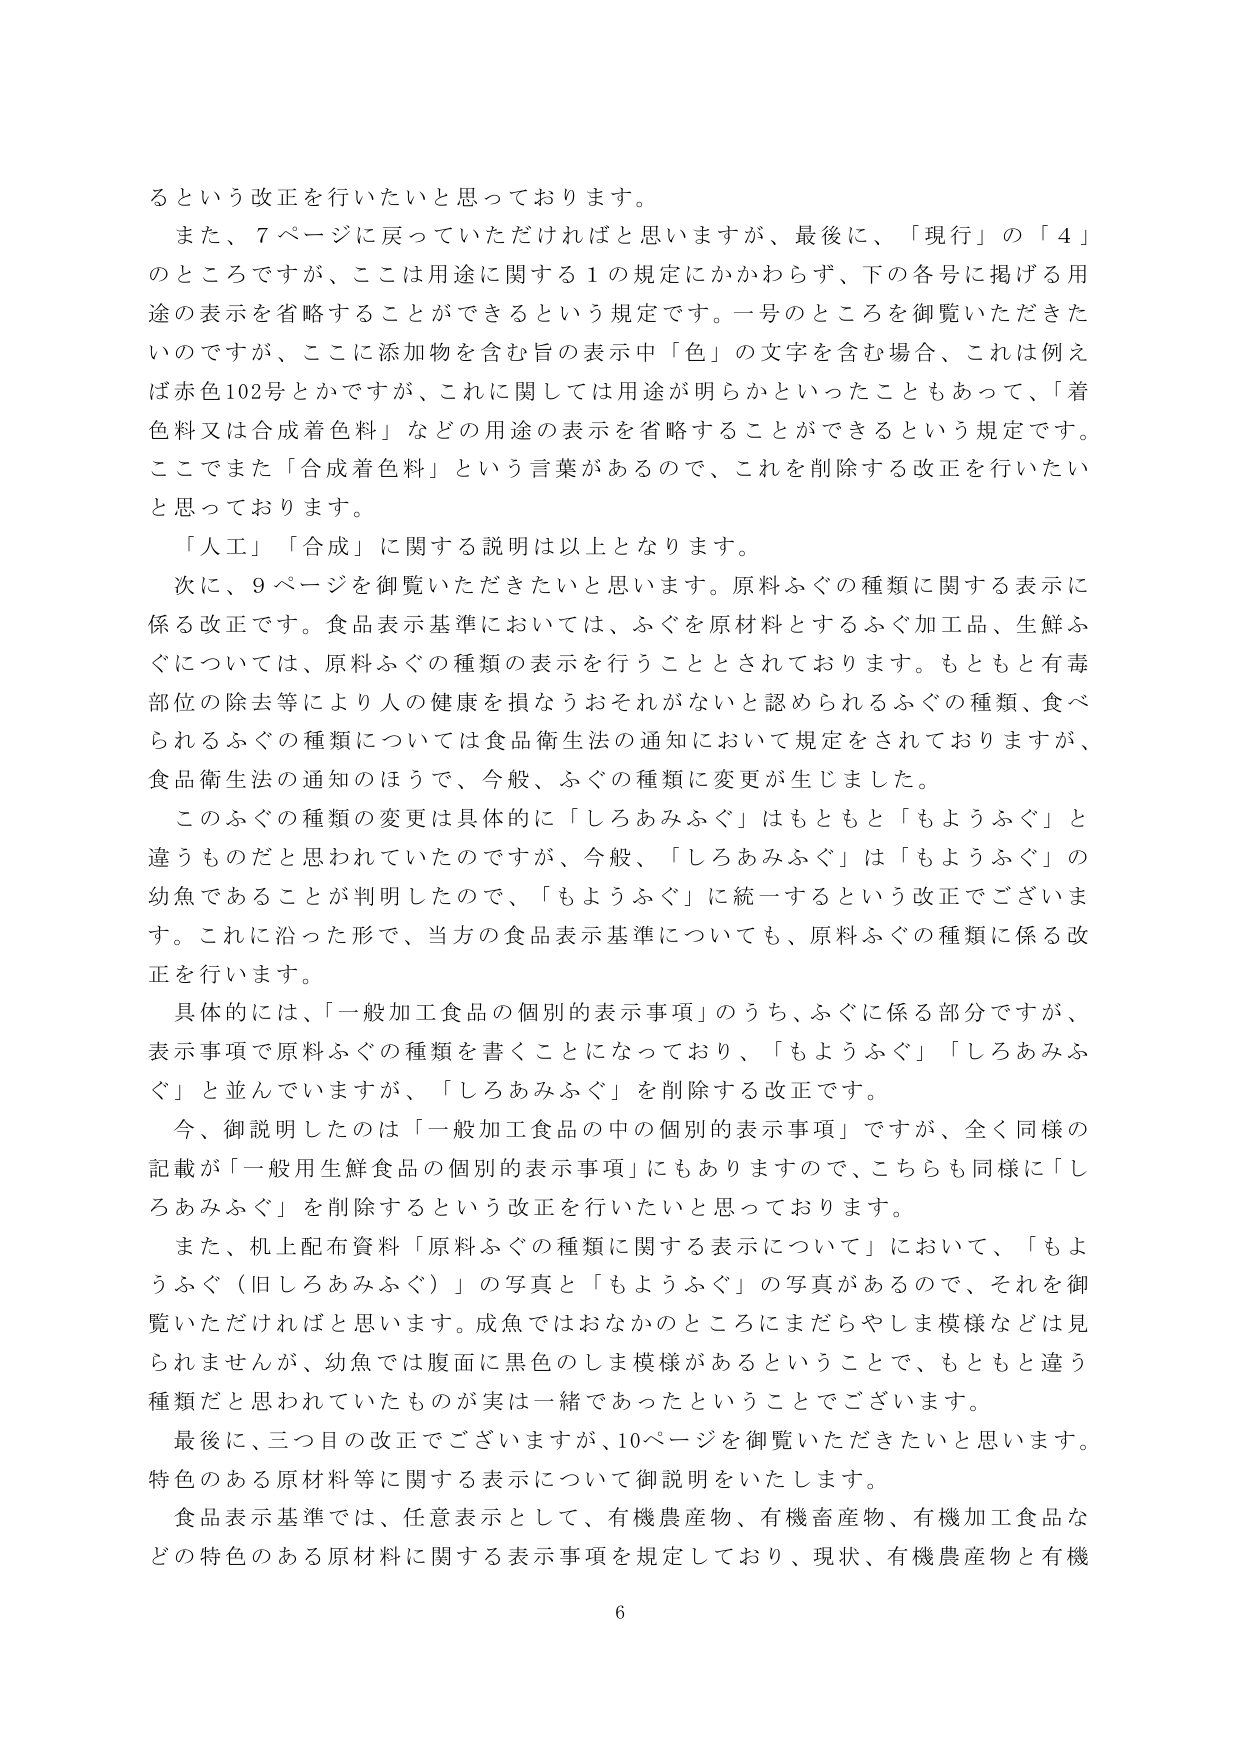
るという改正を行いたいと思っております。
また、7ページに戻っていただければと思いますが、最後に、「現行」の「4」
のところですが、ここは用途に関する1の規定にかかわらず、下の各号に掲げる用
途の表示を省略することができるという規定です。一号のところを御覧いただきた
いのですが、ここに添加物を含む旨の表示中「色」の文字を含む場合、これは例え
ば赤色102号とかですが、これに関しては用途が明らかといったこともあって、「着
色料又は合成着色料」などの用途の表示を省略することができるという規定です。
ここでまた「合成着色料」という言葉があるので、これを削除する改正を行いたい
と思っております。
「人工」「合成」に関する説明は以上となります。
次に、9ページを御覧いただきたいと思います。原料ふぐの種類に関する表示に
係る改正です。食品表示基準においては、ふぐを原材料とするふぐ加工品、生鮮ふ
ぐについては、原料ふぐの種類の表示を行うこととされております。もともと有毒
部位の除去等により人の健康を損なうおそれがないと認められるふぐの種類、食べ
られるふぐの種類については食品衛生法の通知において規定をされておりますが、
食品衛生法の通知のほうで、今般、ふぐの種類に変更が生じました。
このふぐの種類の変更は具体的に「しろあみふぐ」はもともと「もようふぐ」と
違うものだと思われていたのですが、今般、「しろあみふぐ」は「もようふぐ」の
幼魚であることが判明したので、「もようふぐ」に統一するという改正でございま
す。これに沿った形で、当方の食品表示基準についても、原料ふぐの種類に係る改
正を行います。
具体的には、「一般加工食品の個別的表示事項」のうち、ふぐに係る部分ですが、
表示事項で原料ふぐの種類を書くことになっており、「もようふぐ」「しろあみふ
ぐ」と並んでいますが、「しろあみふぐ」を削除する改正です。
今、御説明したのは「一般加工食品の中の個別的表示事項」ですが、全く同様の
記載が「一般用生鮮食品の個別的表示事項」にもありますので、こちらも同様に「し
ろあみふぐ」を削除するという改正を行いたいと思っております。
また、机上配布資料「原料ふぐの種類に関する表示について」において、「もよ
うふぐ（旧しろあみふぐ）」の写真と「もようふぐ」の写真があるので、それを御
覧いただければと思います。成魚ではおなかのところにまだらやしま模様などは見
られませんが、幼魚では腹面に黒色のしま模様があるということで、もともと違う
種類だと思われていたものが実は一緒であったということでございます。
最後に、三つ目の改正でございますが、10ページを御覧いただきたいと思います。
特色のある原材料等に関する表示について御説明をいたします。
食品表示基準では、任意表示として、有機農産物、有機畜産物、有機加工食品な
どの特色のある原材料に関する表示事項を規定しており、現状、有機農産物と有機
6